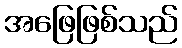
အဖြေဖြစ်သည်